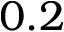
0 . 2